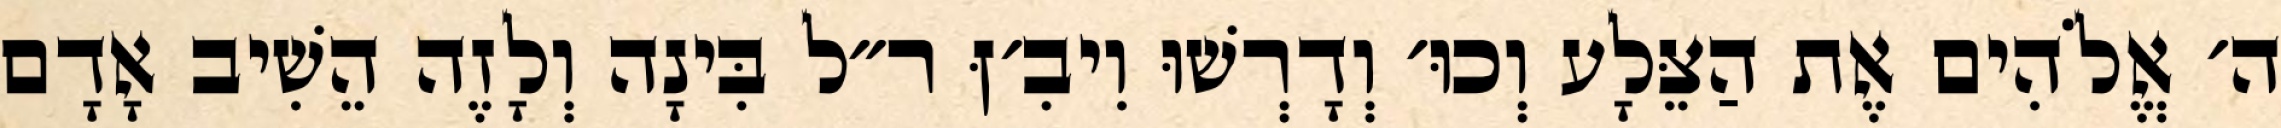
ה׳ אֱלֹהִים אֶת הַצֵּלָע וְכוּ׳ וְדָרְשׁוּ וִיבִ׳ןּ ר״ל בִּינָה וְלָזֶה הֵשִׁיב אָדָם